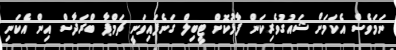
ނަމަވެސް އެކަމަށް ޝައުގުވެރިކަން ފާޅުކޮށް ޓީބިލް ގަނެފައިވަނީ ޗަމްޕާ ބްރަދާސް އިން އެކަނި